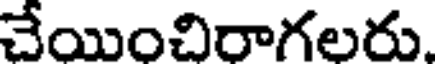
చేయించిరాగలరు.